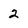
Character: 2